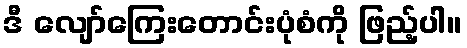
ဒီ လျော်ကြေးတောင်းပုံစံကို ဖြည့်ပါ။